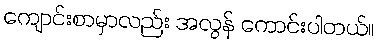
ကျောင်းစာမှာလည်း အလွန် ကောင်းပါတယ်။